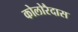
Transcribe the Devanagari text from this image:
कोलोरैदास